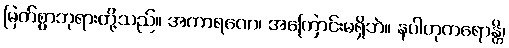
မြတ်စွာဘုရားတို့သည်။ အကာရဏေ၊ အကြောင်းမရှိဘဲ။ နပါတုကရောန္တိ၊